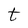
Character: t